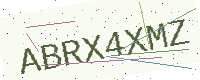
Text: ABRX4XMZ